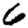
Digit: 6